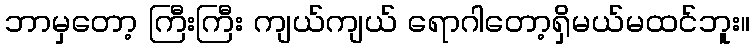
ဘာမှတော့ ကြီးကြီး ကျယ်ကျယ် ရောဂါတော့ရှိမယ်မထင်ဘူး။